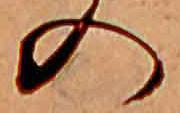
の